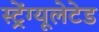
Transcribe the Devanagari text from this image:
स्ट्रेंग्यूलेटेड